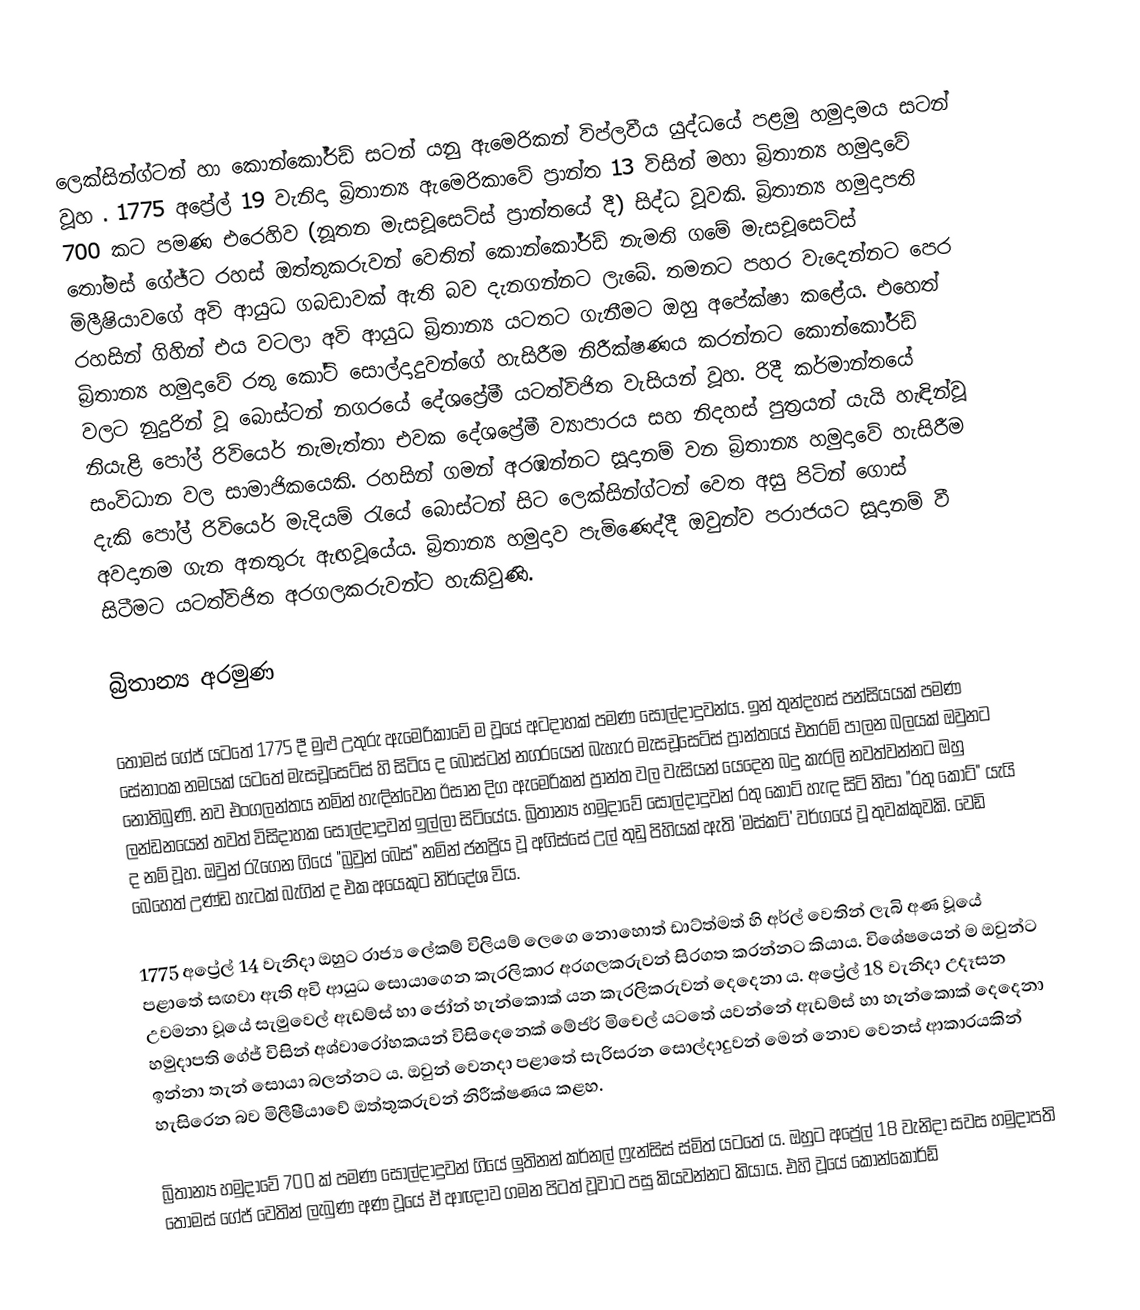
ලෙක්සින්ග්ටන් හා කොන්කෝර්ඩ් සටන් යනු ඇමෙරිකන් විප්ලවීය යුද්ධයේ පළමු හමුදාමය සටන් වූහ . 1775 අප්‍රේල් 19 වැනිදා බ්‍රිතාන්‍ය ඇමෙරිකාවේ ප්‍රාන්ත 13 විසින් මහා බ්‍රිතාන්‍ය හමුදාවේ 700 කට පමණ එරෙහිව (නූතන මැසචූසෙට්ස් ප්‍රාන්තයේ දී) සිද්ධ වූවකි. බ්‍රිතාන්‍ය හමුදාපති තෝමස් ගේජ්ට රහස් ඔත්තුකරුවන් වෙතින් කොන්කෝර්ඩ් නැමති ගමේ මැසචූසෙට්ස් මිලීෂියාවගේ අවි ආයුධ ගබඩාවක් ඇති බව දැනගන්නට ලැබේ. තමනට පහර වැදෙන්නට පෙර රහසින් ගිහින් එය වටලා අවි ආයුධ බ්‍රිතාන්‍ය යටතට ගැනීමට ඔහු අපේක්ෂා කළේය. එහෙත් බ්‍රිතාන්‍ය හමුදාවේ රතු කෝට් සොල්දාදුවන්ගේ හැසිරීම නිරීක්ෂණය කරන්නට කොන්කෝර්ඩ් වලට නුදුරින් වූ බොස්ටන් නගරයේ දේශප්‍රේමී යටත්විජිත වැසියන් වූහ. රිදී කර්මාන්තයේ නියැළි පෝල් රිවියෙර් නැමැත්තා එවක දේශප්‍රේමී ව්‍යාපාරය සහ නිදහස් පුත්‍රයන් යැයි හැඳින්වූ සංවිධාන වල සාමාජිකයෙකි. රහසින් ගමන් අරඹන්නට සූදානම් වන බ්‍රිතාන්‍ය හමුදාවේ හැසිරීම දැකි පෝල් රිවියෙර් මැදියම් රැයේ බොස්ටන් සිට ලෙක්සින්ග්ටන් වෙත අසු පිටින් ගොස් අවදානම ගැන අනතුරු ඇඟවූයේය. බ්‍රිතාන්‍ය හමුදාව පැමිණෙද්දී ඔවුන්ව පරාජයට සූදානම් වී සිටීමට යටත්විජිත අරගලකරුවන්ට හැකිවුණි.

බ්‍රිතාන්‍ය අරමුණ

තෝමස් ගේජ් යටතේ 1775 දී මුළු උතුරු ඇමෙරිකාවේ ම වූයේ අටදාහක් පමණ සොල්දාදුවන්ය.  ඉන් තුන්දහස් පන්සියයක් පමණ සේනාංක නමයක් යටතේ මැසචූසෙට්ස් හි සිටිය ද බොස්ටන් නගරයෙන් බැහැර මැසචූසෙට්ස් ප්‍රාන්තයේ එතරම් පාලන බලයක් ඔවුනට නොතිබුණි. නව එංගලන්තය නමින් හැඳින්වෙන ඊසාන දිග ඇමෙරිකන් ප්‍රාන්ත වල වැසියන් යෙදෙන බදු කැරලි නවත්වන්නට ඔහු ලන්ඩනයෙන් තවත් විසිදාහක සොල්දාදුවන් ඉල්ලා සිටියේය. බ්‍රිතාන්‍ය හමුදාවේ සොල්දාදුවන් රතු කෝට් හැඳ සිටි නිසා "රතු කෝට්" යැයි ද නම් වූහ. ඔවුන් රැගෙන ගියේ "බ්‍රවුන් බෙස්" නමින් ජනප්‍රිය වූ අගිස්සේ උල් තුඩු පිහියක් ඇති 'මස්කට්' වර්ගයේ වූ තුවක්කුවකි. වෙඩි බෙහෙත් උණ්ඩ හැටක් බැගින් ද එක අයෙකුට නිර්දේශ විය.

1775 අප්‍රේල් 14 වැනිදා ඔහුට රාජ්‍ය ලේකම් විලියම් ලෙගෙ නොහොත් ඩාට්ත්මත් හි අර්ල් වෙතින් ලැබි අණ වූයේ පළාතේ සඟවා ඇති අවි ආයුධ සොයාගෙන කැරලිකාර අරගලකරුවන් සිරගත කරන්නට කියාය. විශේෂයෙන් ම ඔවුන්ට උවමනා වූයේ සැමුවෙල් ඇඩම්ස් හා ජෝන් හැන්කොක් යන කැරලිකරුවන් දෙදෙනා ය. අප්‍රේල් 18 වැනිදා උදෑසන හමුදාපති ගේජ් විසින් අශ්වාරෝහකයන් විසිදෙනෙක් මේජර් මිචෙල් යටතේ යවන්නේ ඇඩම්ස් හා හැන්කොක් දෙදෙනා ඉන්නා තැන් සොයා බලන්නට ය. ඔවුන් වෙනදා පළාතේ සැරිසරන සොල්දාදුවන් මෙන් නොව වෙනස් ආකාරයකින් හැසිරෙන බව මිලීෂීයාවේ ඔත්තුකරුවන් නිරීක්ෂණය කළහ.

බ්‍රිතාන්‍ය හමුදාවේ 700 ක් පමණ සොල්දාදුවන් ගියේ ලුතිනන් කර්නල් ෆ්‍රැන්සිස් ස්මිත් යටතේ ය. ඔහුට  අප්‍රේල් 18 වැනිදා සවස හමුදාපති තෝමස් ගේජ් වෙතින් ලැබුණ අණ වූයේ ඒ ආඥාව ගමන පිටත් වූවාට පසු කියවන්නට කියාය.  එහි වූයේ කොන්කෝර්ඩ්